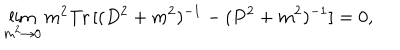
\lim _ { m ^ { 2 } \to 0 } m ^ { 2 } \mathrm { T r } \, [ ( D ^ { 2 } + m ^ { 2 } ) ^ { - 1 } - ( P ^ { 2 } + m ^ { 2 } ) ^ { - 1 } ] = 0 ,